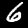
Label: 6